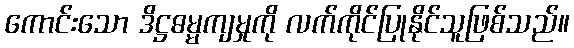
ကောင်းသော ဒိဋ္ဌဓမ္မကျမှုကို လက်ကိုင်ပြုနိုင်သူဖြစ်သည်။